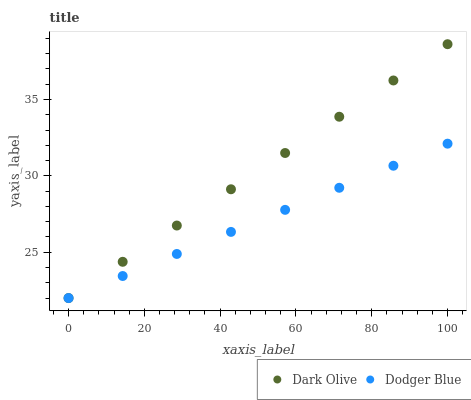
| xaxis_label | Dark Olive | Dodger Blue |
 | --- | --- | --- |
 | 0 | 22 | 22 |
 | 14.3 | 24.4 | 23.4 |
 | 28.6 | 26.7 | 24.9 |
 | 42.9 | 29.1 | 26.3 |
 | 57.1 | 31.5 | 27.8 |
 | 71.4 | 33.9 | 29.2 |
 | 85.7 | 36.2 | 30.7 |
 | 100 | 38.6 | 32.1 |